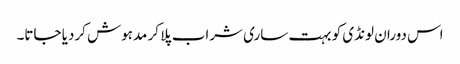
اس دوران لونڈی کو بہت ساری شراب پلا کر مدہوش کردیا جاتا۔